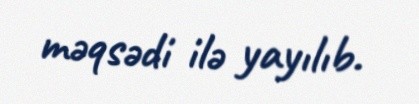
məqsədi ilə yayılıb.